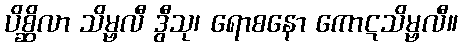
ပိစ္ဆိလာ သိမ္ဗလီ ဒွီသု၊ ရောစနော ကောဋသိမ္ဗလီ။